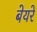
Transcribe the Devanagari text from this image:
बेयरे